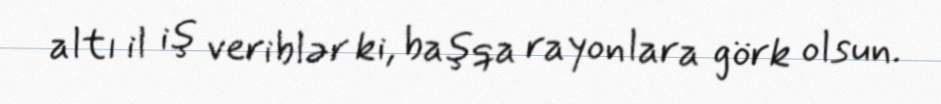
altı il iş veriblər ki, başqa rayonlara görk olsun.